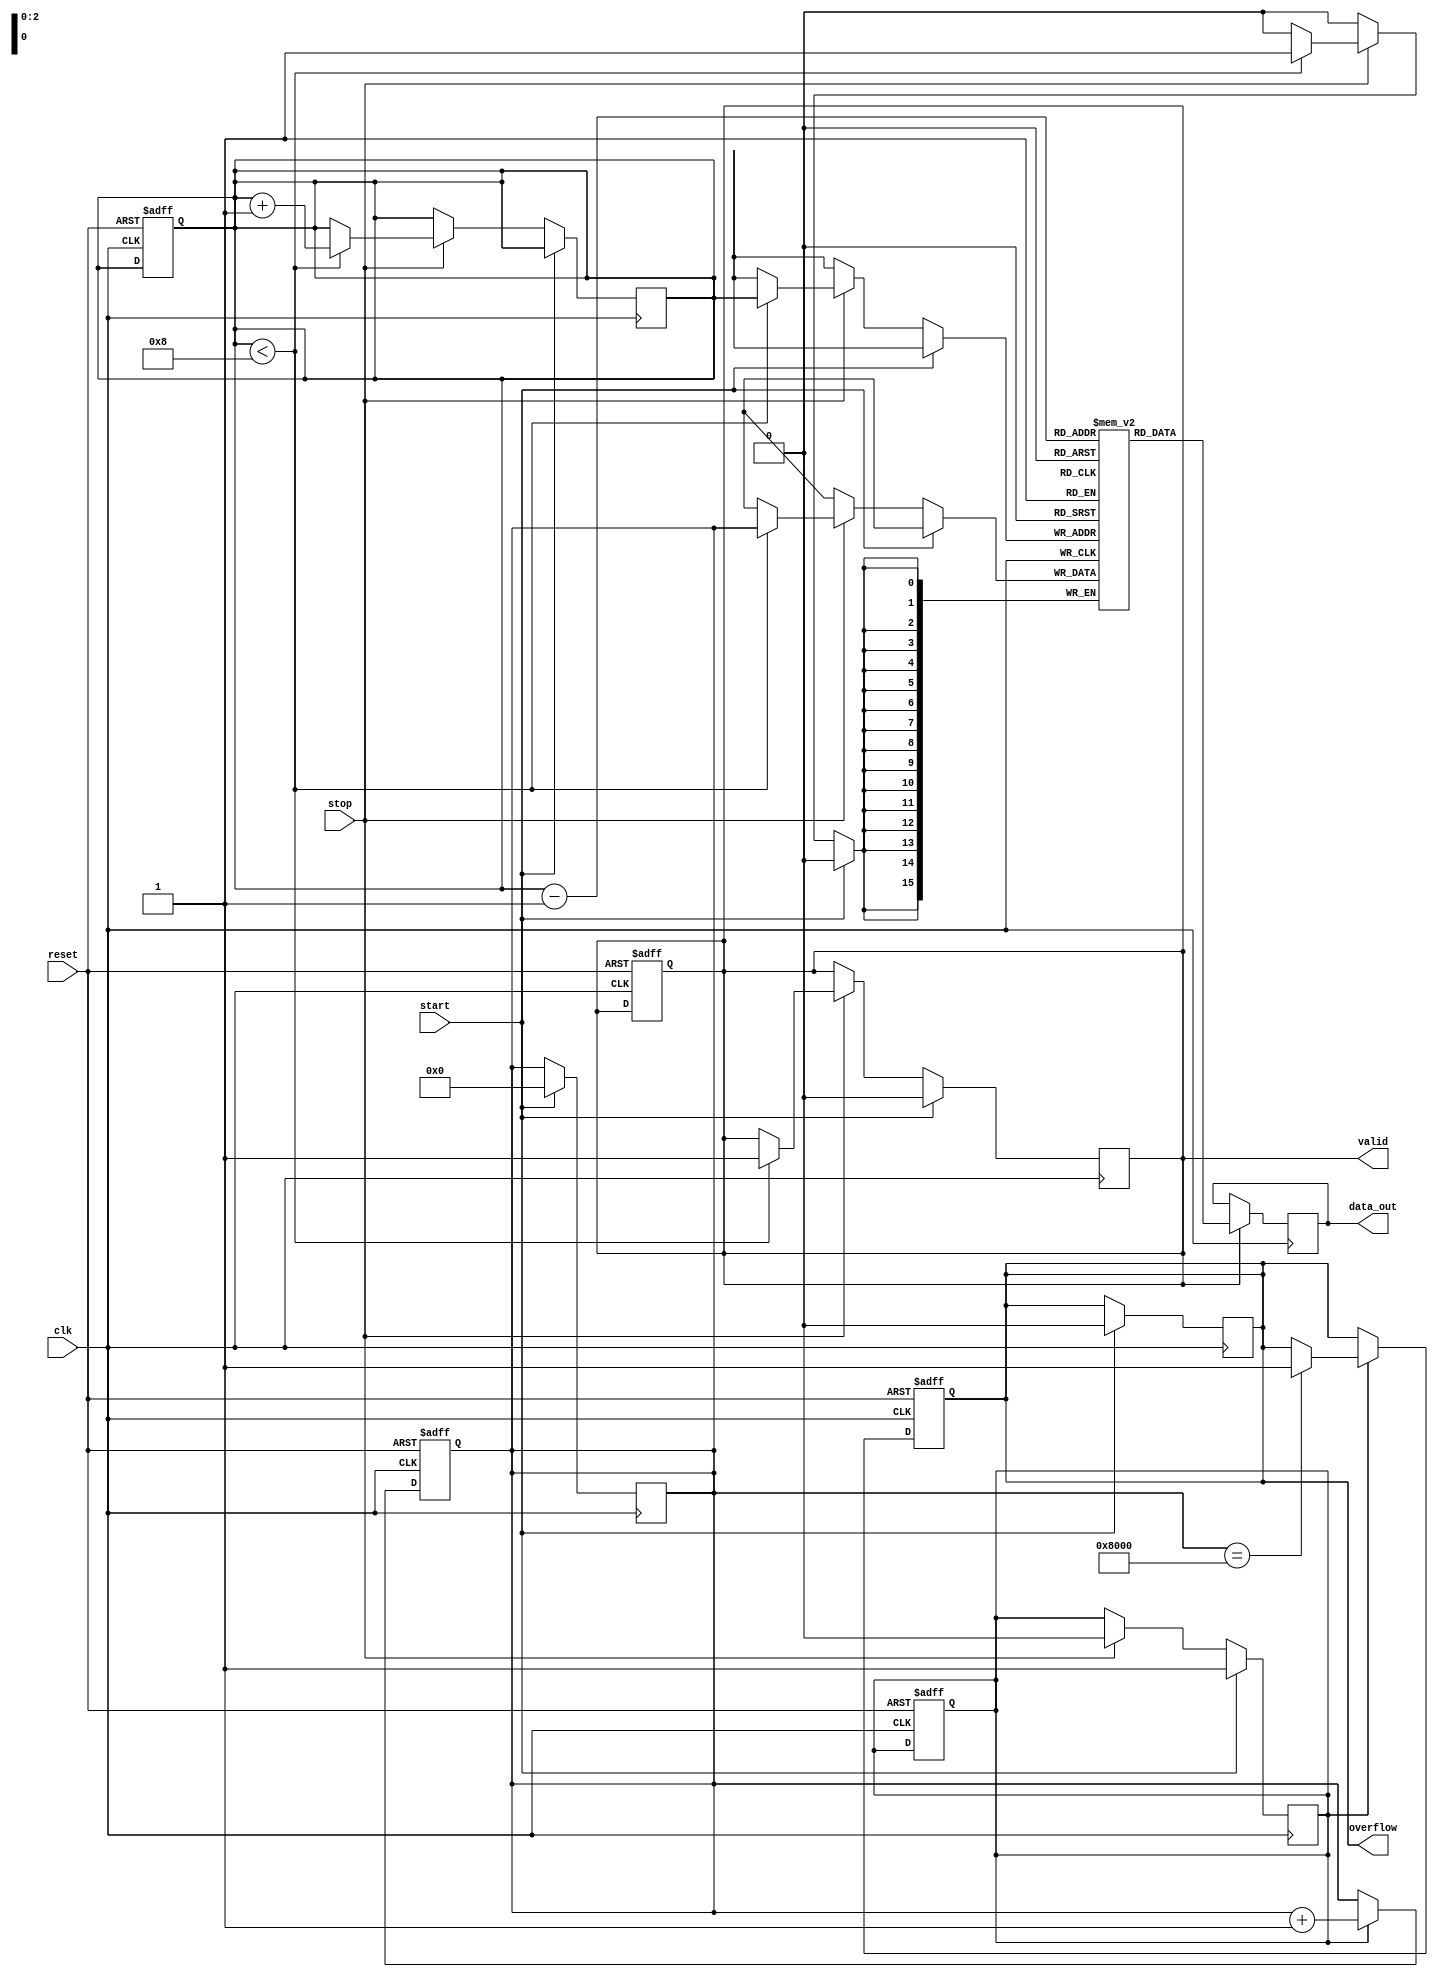
module TDC (
    input wire clk,          // Clock signal
    input wire reset,        // Reset signal
    input wire start,        // Start signal
    input wire stop,         // Stop signal
    output reg [15:0] data_out, // Output data (time interval)
    output reg valid,        // Valid data output
    output reg overflow      // Overflow indication
);

    // Parameters
    parameter COUNTER_WIDTH = 16; // Width of the counter
    parameter MEMORY_DEPTH = 8;     // Depth of the memory block

    // Internal signals
    reg [COUNTER_WIDTH-1:0] counter; // Counter for clock cycles
    reg [COUNTER_WIDTH-1:0] memory [0:MEMORY_DEPTH-1]; // Memory block
    reg [2:0] write_pointer; // Pointer for writing to memory
    reg counting; // Counting state flag

    // Initialization
    initial begin
        counter = 0;
        write_pointer = 0;
        valid = 0;
        overflow = 0;
        counting = 0;
    end

    // Counter logic
    always @(posedge clk or posedge reset) begin
        if (reset) begin
            counter <= 0;
            write_pointer <= 0;
            valid <= 0;
            overflow <= 0;
            counting <= 0;
        end else begin
            if (counting) begin
                counter <= counter + 1;
                // Check for overflow
                if (counter == {1'b1, {COUNTER_WIDTH-1{1'b0}}}) begin
                    overflow <= 1; // Set overflow flag
                end
            end
        end
    end

    // Control logic for Start and Stop signals
    always @(posedge clk) begin
        if (start) begin
            counting <= 1; // Start counting
            counter <= 0;  // Reset counter
            valid <= 0;    // Clear valid flag
            overflow <= 0; // Clear overflow flag
        end else if (stop) begin
            counting <= 0; // Stop counting
            if (write_pointer < MEMORY_DEPTH) begin
                memory[write_pointer] <= counter; // Store count in memory
                write_pointer <= write_pointer + 1; // Increment write pointer
                valid <= 1; // Set valid flag
            end
        end
    end

    // Output retrieval
    always @(posedge clk) begin
        if (valid) begin
            data_out <= memory[write_pointer - 1]; // Output last stored count
        end
    end

endmodule